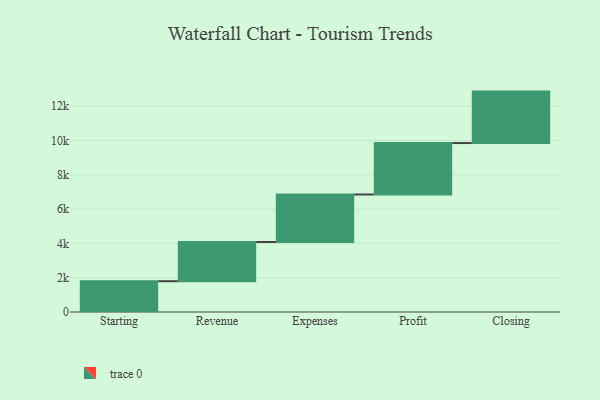
{"axis": {"x": "Step", "y": "Value"}, "legend": [""], "data": [{"x": "Starting", "y": 1796.0, "type": ""}, {"x": "Revenue", "y": 2287.0, "type": ""}, {"x": "Expenses", "y": 2770.0, "type": ""}, {"x": "Profit", "y": 3000, "type": ""}, {"x": "Closing", "y": 3000, "type": ""}]}